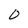
Character: 0